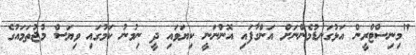
"މިނިސްޓްރީން އަޅުގަނޑުމެންނަށް އަންގާފައި އޮންނަނީ ކިޔަވައި ދީ ނިމުނު ކަމުގައި ވިޔަސް މުޖުތަމައުގެ